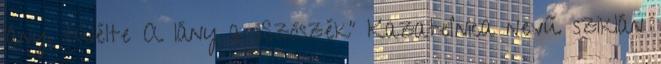
lány, túlélte A lány a „Szószék” Kazateľnica nevű sziklán